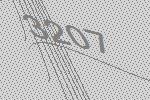
3207